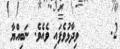
2.      ވިދާޅުވެފައި ވެއެވެ. ނަބިއްޔާ